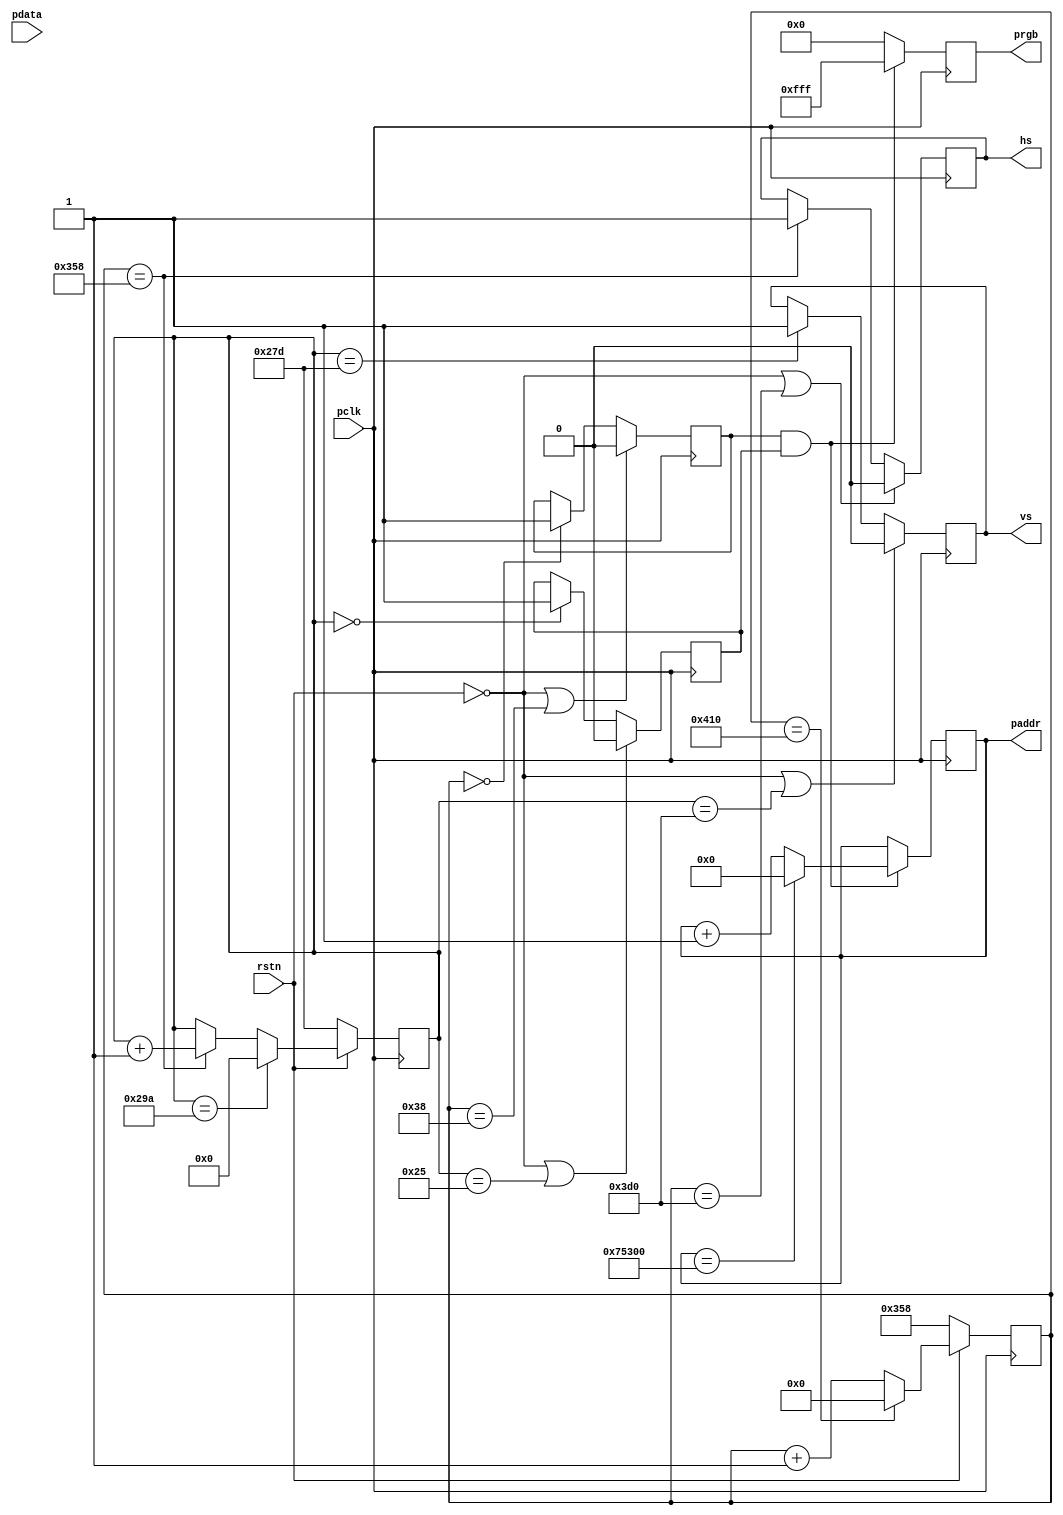
`timescale 1ns / 1ps
//////////////////////////////////////////////////////////////////////////////////
// Company:
// Engineer:
//
// Design Name:
// Module Name: VSD
// Project Name:
// Target Devices:
// Tool Versions:
// Description:
//
// Dependencies:
//
// Revision:
// Revision 0.01 - File Created
// Additional Comments:
//
//////////////////////////////////////////////////////////////////////////////////


module VSD(output reg [11:0]prgb,
           output reg hs,
           output reg vs,
           output reg[22:0]paddr,
           input [11:0]pdata,
           input pclk,
           input rstn);
parameter H0  = 120;
parameter H1  = 64;
parameter H2  = 800;
parameter H3  = 56;
parameter V0  = 6;
parameter V1  = 23;
parameter V2  = 600 ;
parameter V3  = 37;
parameter MAX = 480000;
reg[10:0] hcnt;
reg[9:0]vcnt;
reg hen;
reg ven;
initial begin
    hs    = 0;
    vs    = 0;
    paddr = 0;
    hcnt  = 0;
    vcnt  = 0;
    hen   = 0;
    ven   = 0;
end
//change hcnt
always @(posedge pclk) begin
    if (!rstn)
        hcnt <= H2+H3;
    else if (hcnt == H0+H1+H2+H3)
        hcnt <= 0;
    else
        hcnt <= hcnt+1;
end
//change vcnt
always @(posedge pclk) begin
    if (!rstn)
        vcnt <= V2+V3;
    else if (vcnt == V0+V1+V2+V3)
        vcnt <= 0;
    else if (hcnt == H2+H3)
        vcnt <= vcnt+1;
        end
        //change hs
        always @(posedge pclk) begin
            if (!rstn||hcnt == H2+H3+H0)
                hs <= 0;
            else if (hcnt == H2+H3)
                hs <= 1;
                end
                //change vs
                always @(posedge pclk) begin
                    if (!rstn||vcnt == H2+H3+H0)
                        vs <= 0;
                    else if (vcnt == V2+V3)
                        vs <= 1;
                        end
                        //change hen
                        always @(posedge pclk) begin
                            if (!rstn||hcnt == H3)
                                hen <= 0;
                            else if (hcnt == 0)
                                hen <= 1;
                                end
                                //change ven
                                always @(posedge pclk) begin
                                    if (!rstn||vcnt == V3)
                                        ven <= 0;
                                    else if (vcnt == 0)
                                        ven <= 1;
                                        end
                                        //change prgb
                                        always @(posedge pclk) begin
                                            if (hen&&ven)begin
                                                prgb <= 12'hfff;
                                                if (paddr == MAX)
                                                    paddr <= 0;
                                                else
                                                    paddr <= paddr+1;
                                            end
                                            else
                                                prgb <= 0;
                                        end
                                        endmodule